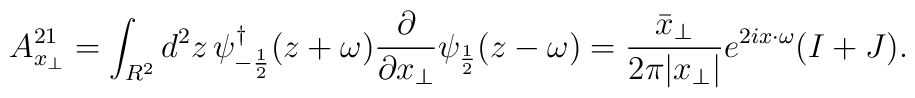
A_{x_\perp}^{21}=\int_{R^2}d^2z\,\psi_{-\frac{1}{2}}^\dagger(z+\omega)\frac{\partial}{\partial x_\perp}\psi_{\frac{1}{2}}(z-\omega)=\frac{\bar x_\perp}{2\pi |x_\perp|}e^{2ix\cdot\omega} (I+J).